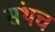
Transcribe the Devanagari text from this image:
संथच